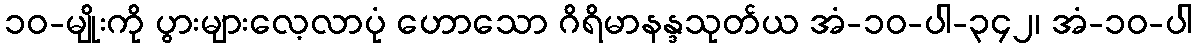
၁၀-မျိုးကို ပွားများလေ့လာပုံ ဟောသော ဂိရိမာနန္ဒသုတ်ယ အံ-၁၀-ပါ-၃၄၂၊ အံ-၁၀-ပါ